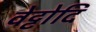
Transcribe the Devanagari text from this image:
वेट्टोदि